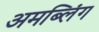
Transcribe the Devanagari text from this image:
अमब्लिंग